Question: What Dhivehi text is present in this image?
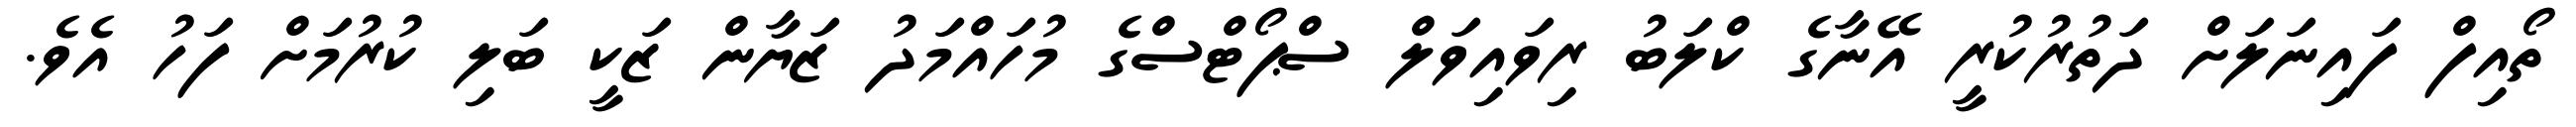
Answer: ތޯއިފް ފައިނަލަށް ދަތުރުކުރީ އޭނާގެ ކްލަބު ރިވައިވަލް ސްޕޯޓްސްގެ މުހައްމަދު ޒަޔާން ޒަކީ ބަލި ކުރުމަށް ފަހު އެވެ.